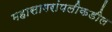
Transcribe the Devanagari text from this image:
महासागरांपलीकडील